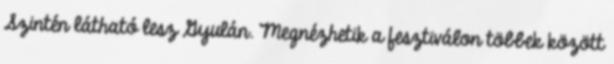
Szintén látható lesz Gyulán. Megnézhetik a fesztiválon többek között